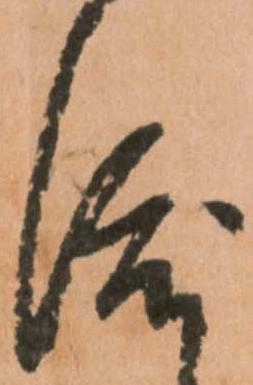
渡